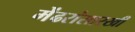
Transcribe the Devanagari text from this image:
मेंढरांसारखी